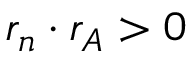
r _ { n } \cdot r _ { A } > 0